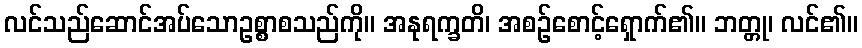
လင်သည်ဆောင်အပ်သောဥစ္စာစသည်ကို။ အနုရက္ခတိ၊ အစဉ်စောင့်ရှောက်၏။ ဘတ္တု၊ လင်၏။